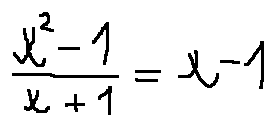
\frac { x ^ { 2 } - 1 } { x + 1 } = x - 1